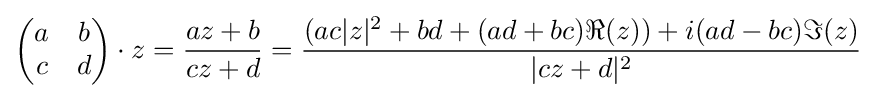
{\begin{pmatrix}a&b\\c&d\\\end{pmatrix}}\cdot z={\frac {az+b}{cz+d}}={\frac {(ac|z|^{2}+bd+(ad+bc)\Re (z))+i(ad-bc)\Im (z)}{|cz+d|^{2}}}